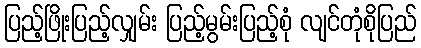
ပြည့်ဖြိုးပြည့်လျှမ်း ပြည့်မွမ်းပြည့်စုံ လျင်တုံစိုပြည်